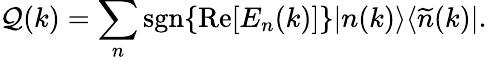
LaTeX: {\cal Q}(k)=\sum_{n}\mathrm{sgn}\{ \mathrm{Re}[E_{n}(k)]\} |n(k)\rangle\langle\widetilde{n}(k)|.